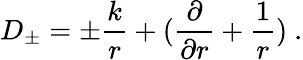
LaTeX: D_{\pm}=\pm\frac{k}{r}+(\frac{\partial}{\partial r}+\frac{1}{r})\ .